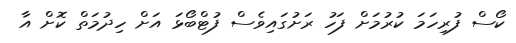
ކޯސް ފުރިހަމަ ކުރުމަށް ފަހު ރަށުގައިވެސް ފުޓްބޯޅަ އަށް ހިދުމަތް ކޮށް އާ